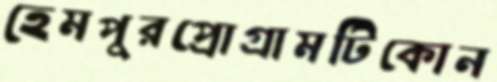
হেমপুরপ্রোগ্রামটিকোন